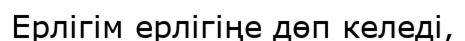
Ерлігім ерлігіңе дөп келеді,